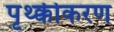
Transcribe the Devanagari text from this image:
पृथ्क्कीकरण